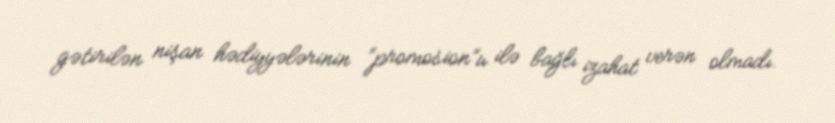
gətirilən nişan hədiyyələrinin “promosion”u ilə bağlı izahat verən olmadı.